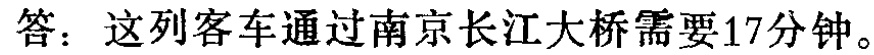
答：这列客车通过南京长江大桥需要17分钟。